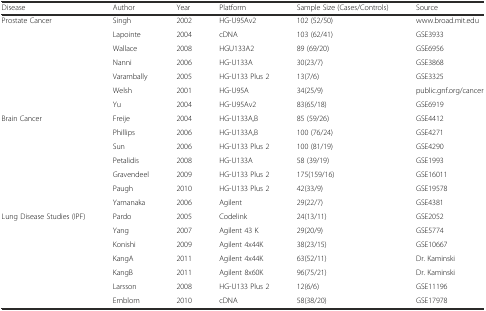
| Disease | Author | Year | Platform | Sample Size (Cases/Controls) | Source |
 | --- | --- | --- | --- | --- | --- |
 | <ROWSPAN=7> Prostate Cancer | Singh | 2002 | HG-U95Av2 | 102 (52/50) | www.broad.mit.edu |
 | Lapointe | 2004 | cDNA | 103 (62/41) | GSE3933 |
 | Wallace | 2008 | HGU133A2 | 89 (69/20) | GSE6956 |
 | Nanni | 2006 | HG-U133A | 30(23/7) | GSE3868 |
 | Varambally | 2005 | HG-U133 Plus 2 | 13(7/6) | GSE3325 |
 | Welsh | 2001 | HG-U95A | 34(25/9) | public.gnf.org/cancer |
 | Yu | 2004 | HG-U95Av2 | 83(65/18) | GSE6919 |
 | <ROWSPAN=7> Brain Cancer | Freije | 2004 | HG-U133A,B | 85 (59/26) | GSE4412 |
 | Phillips | 2006 | HG-U133A,B | 100 (76/24) | GSE4271 |
 | Sun | 2006 | HG-U133 Plus 2 | 100 (81/19) | GSE4290 |
 | Petalidis | 2008 | HG-U133A | 58 (39/19) | GSE1993 |
 | Gravendeel | 2009 | HG-U133 Plus 2 | 175(159/16) | GSE16011 |
 | Paugh | 2010 | HG-U133 Plus 2 | 42(33/9) | GSE19578 |
 | Yamanaka | 2006 | Agilent | 29(22/7) | GSE4381 |
 | <ROWSPAN=7> Lung Disease Studies (IPF) | Pardo | 2005 | Codelink | 24(13/11) | GSE2052 |
 | Yang | 2007 | Agilent 43 K | 29(20/9) | GSE5774 |
 | Konishi | 2009 | Agilent 4x44K | 38(23/15) | GSE10667 |
 | KangA | 2011 | Agilent 4x44K | 63(52/11) | Dr. Kaminski |
 | KangB | 2011 | Agilent 8x60K | 96(75/21) | Dr. Kaminski |
 | Larsson | 2008 | HG-U133 Plus 2 | 12(6/6) | GSE11196 |
 | Emblom | 2010 | cDNA | 58(38/20) | GSE17978 |